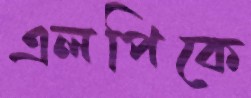
এলপিকে